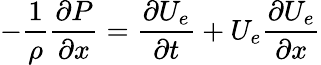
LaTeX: -\frac{1}{\rho}\frac{\partial P}{\partial x}=\frac{\partial U_{e}}{\partial t}+U_{e}\frac{\partial U_{e}}{\partial x}